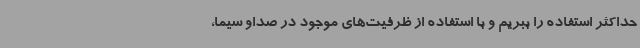
حداکثر استفاده را ببریم و با استفاده از ظرفیت‌های موجود در صداو سیما،